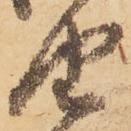
由